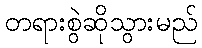
တရားစွဲဆိုသွားမည်